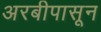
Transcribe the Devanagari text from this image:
अरबीपासून